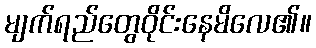
မျက်ရည်တွေဝိုင်းနေမိလေ၏။